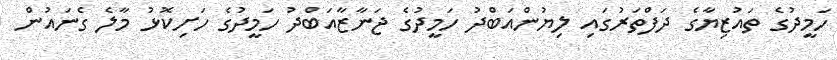
ހަމީދުގެ ތައުޒިޔާގެ ދަފްތަރުގައި ލިޔުންއަބްދު ހަމީދުގެ ޖަނާޒާއަބްދު ހަމީދުގެ ހަށިކޮޅު މާލެ ގެނައުން